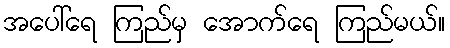
အပေါ်ရေ ကြည်မှ အောက်ရေ ကြည်မယ်။